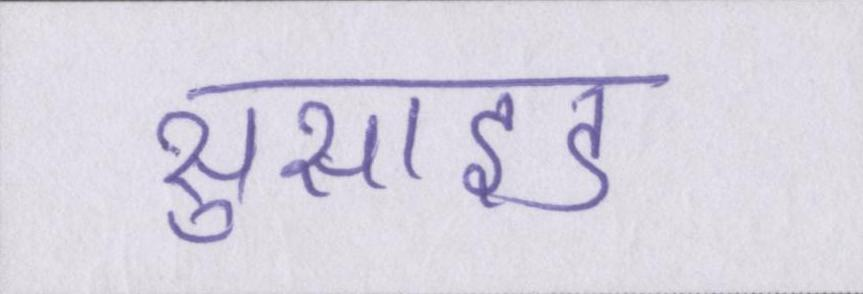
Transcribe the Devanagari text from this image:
सुसाइड